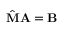
\begin{array} { r } { \hat { { \bf M } } { \bf A } = { \bf B } } \end{array}